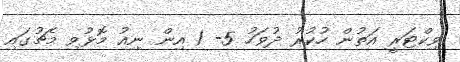
ވިކްޓަރީ އަތުން ހުކުރު ދުވަހު 5- 1 އިން ނިއު މޮޅުވި މެޗުގައި